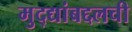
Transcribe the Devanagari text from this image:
मुद्द्यांबद्दलची